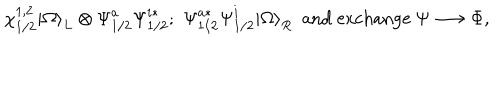
\chi _ { 1 / 2 } ^ { 1 , 2 } | \Omega { \rangle } _ { L } \otimes { \Psi } _ { 1 / 2 } ^ { a } { \Psi } _ { 1 / 2 } ^ { i * } ; \, \, { \Psi } _ { 1 / 2 } ^ { a * } { \Psi } _ { 1 / 2 } ^ { i } | \Omega { \rangle } _ { R } \ \ \mathrm { a n d ~ e x c h a n g e } \ \Psi \longrightarrow \Phi ,